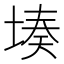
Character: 𮰦